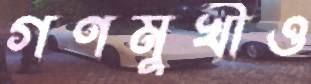
গণমুখীও